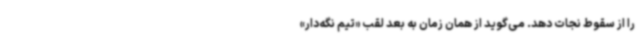
را از سقوط نجات دهد. می‌گوید از همان زمان به بعد لقب «تیم نگه‌دار»